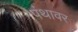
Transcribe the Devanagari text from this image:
पंथावर